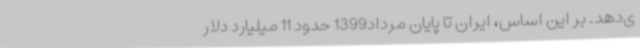
ی‌دهد. بر این اساس، ایران تا پایان مرداد1399 حدود 11 میلیارد دلار